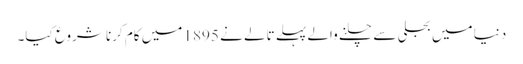
دنیا میں بجلی سے چلنے والے پہلے تالے نے 1895 میں کام کرنا شروع کیا۔